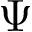
\Psi